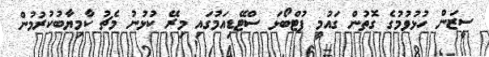
ސީޒަން ހުޅުވުމުގެ ގޮތުން ގައުމީ ފުޓްބޯޅަ ސްޓޭޑިއަމުގައި މިރޭ ކުޅުނު މެޗު ކާމިޔާބުކުރުމުން